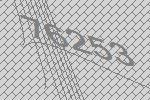
76253